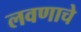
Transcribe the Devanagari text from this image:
लवणाचे